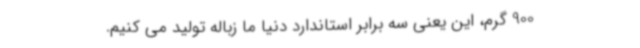
900 گرم، این یعنی سه برابر استاندارد دنیا ما زباله تولید می کنیم.